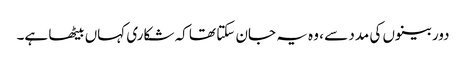
دوربینوں کی مدد سے ، وہ یہ جان سکتا تھا کہ شکاری کہاں بیٹھا ہے۔